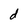
Character: d